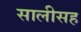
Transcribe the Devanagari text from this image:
सालीसह